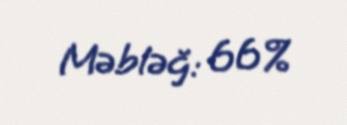
Məbləğ: 66%